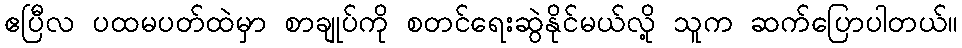
ဧပြီလ ပထမပတ်ထဲမှာ စာချုပ်ကို စတင်ရေးဆွဲနိုင်မယ်လို့ သူက ဆက်ပြောပါတယ်။